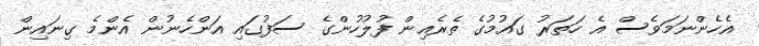
އެހެންނަމަވެސް އެ ހަތަރު ގައުމުގެ ތެރެއިން ފުލުހުންގެ ސަފުގައި އަންހެނުން އެންމެ ގިނައިން